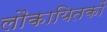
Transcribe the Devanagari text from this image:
लौकायितकों